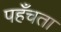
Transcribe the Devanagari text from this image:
पहँचता